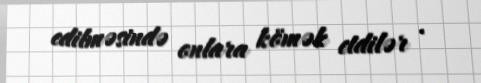
edilməsində onlara kömək etdilər .